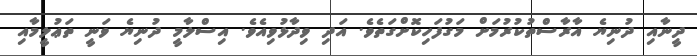
ދީނާއި ދުނިޔެ އާރާސްތުކުރުމަށް މަގުފަހިކޮށްގަތެވެ. އަދި ވިދާޅުވިއެވެ. އިސްލާމީ ދުނިޔެ ވަނީ ތަޢުލީމާއި